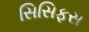
સિસિફસ